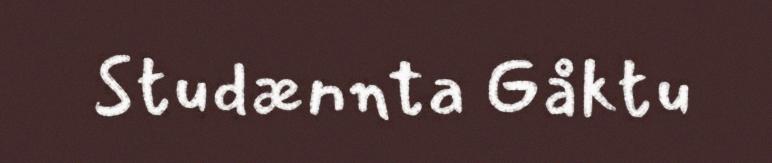
Studænnta Gåktu